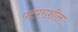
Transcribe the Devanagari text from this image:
परंपराशील